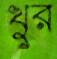
খুর